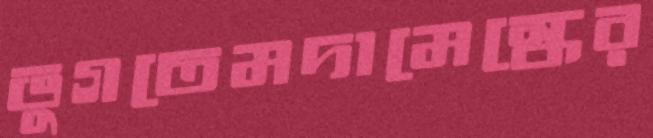
ভুগতেমদামেস্কের